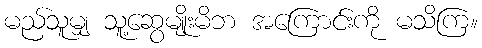
မည်သူမျှ သူ့ဆွေမျိုးမိဘ အကြောင်းကို မသိကြ။